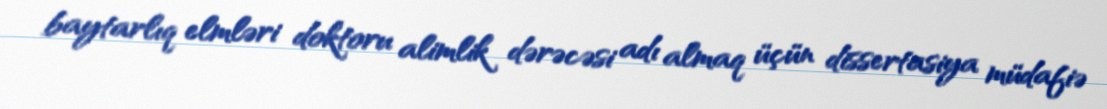
baytarlıq elmləri doktoru alimlik dərəcəsi adı almaq üçün dissertasiya müdafiə